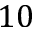
1 0